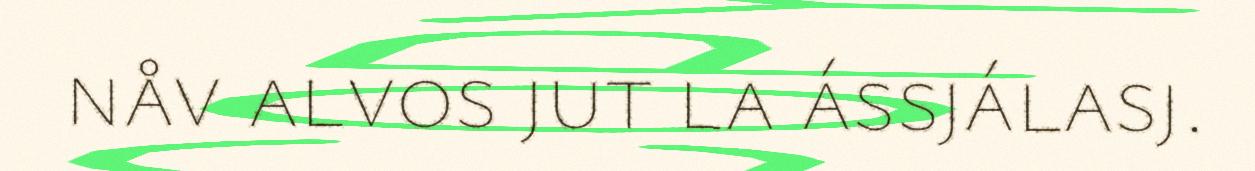
nåv alvos jut la ássjálasj.